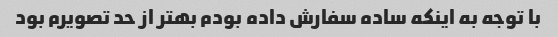
با توجه به اینکه ساده سفارش داده بودم بهتر از حد تصویرم بود